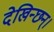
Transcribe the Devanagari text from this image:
देखिन्छन्।